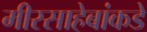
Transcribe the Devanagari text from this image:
मीरसाहेबांकडे